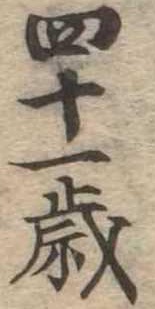
四十一歳